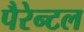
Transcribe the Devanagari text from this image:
पैरेन्टल